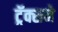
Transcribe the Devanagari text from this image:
ट्रॅक्सने